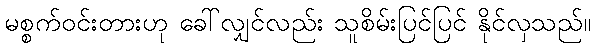
မစ္စက်ဝင်းတားဟု ခေါ်လျှင်လည်း သူစိမ်းပြင်ပြင် နိုင်လှသည်။